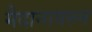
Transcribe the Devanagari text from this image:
मैदानावरुन